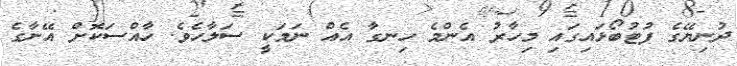
ދުނިޔޭގެ ފުޓުބޯޅައިގައި މިހާރު އެންމެ ހިނގާ އެއް ނަމަކީ ސަލާހެވެ. ހާއްސަކޮށް އޭނާގެ